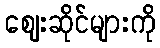
ဈေးဆိုင်များကို